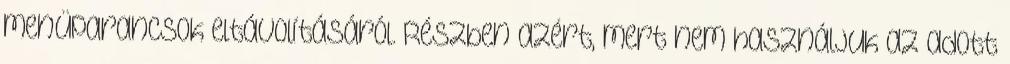
menüparancsok eltávolításáról. Részben azért, mert nem használjuk az adott